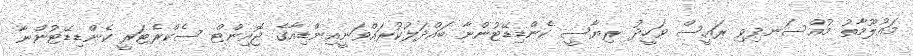
މައުލޫމާތު މުއްސަނދިވި ރައީސް ވަހީދު ރިޔާސީ ކެންޑިޑޭޓުންނާ ބައްދަލުކުރައްވަނީއިންޑިއާގެ ޖޮއިންޓް ސެކްރެޓަރީ ކެންޑިޑޭޓުންނާ